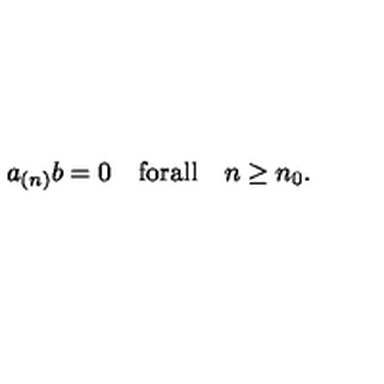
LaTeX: a _ { ( n ) } b = 0 \quad \mathrm { f o r a l l } \quad n \geq n _ { 0 } .